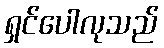
ရှင်ပေါလုသည်